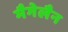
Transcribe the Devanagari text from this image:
मैगेलैन